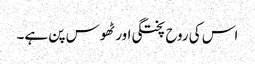
اس کی روح پختگی اور ٹھوس پن ہے۔